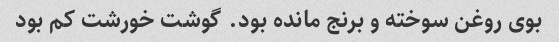
بوی روغن سوخته و برنج مانده بود. گوشت خورشت کم بود